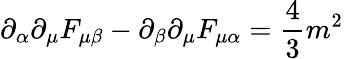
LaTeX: \partial_{\alpha}\partial_{\mu}F_{\mu\beta}-\partial_{\beta}\partial_{\mu}F_{\mu\alpha}={\frac{4}{3}}m^{2}